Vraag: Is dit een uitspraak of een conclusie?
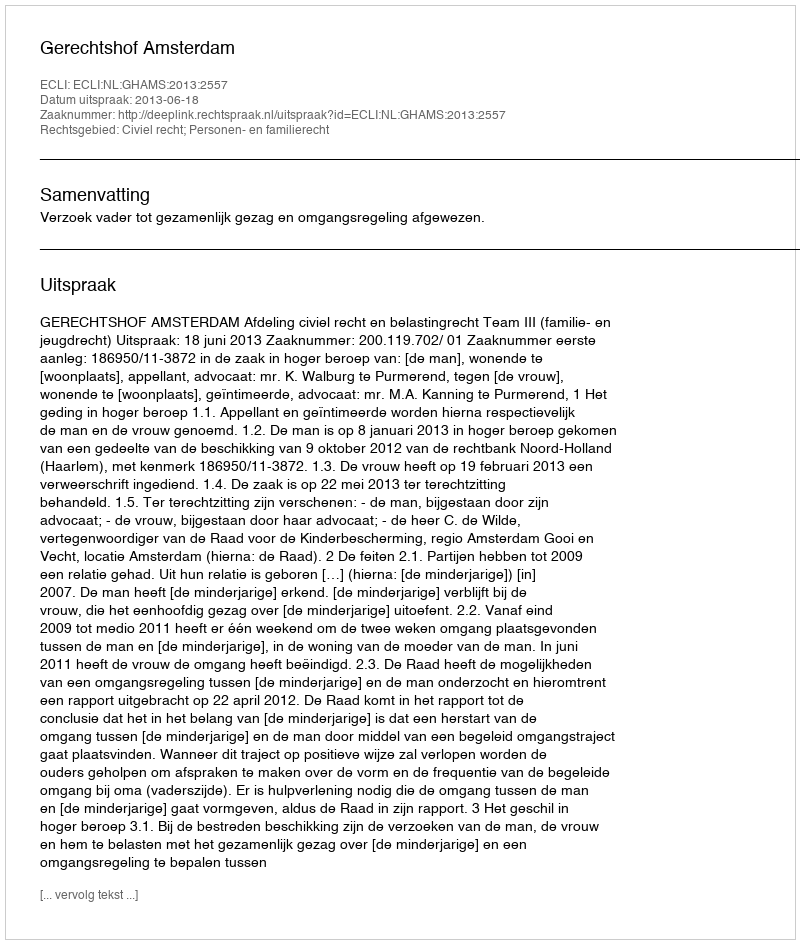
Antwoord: Uitspraak